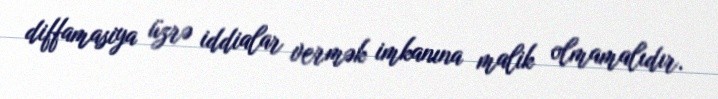
diffamasiya üzrə iddialar vermək imkanına malik olmamalıdır.